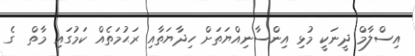
އިސްލާމް ދީނަކީ މުޅި އިންސާނިއްޔަތަށް ހިދާޔަތާއި ރަޙުމަތެއް ކަމުގައި މާތް  ގެ